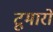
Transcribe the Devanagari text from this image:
टूमारो